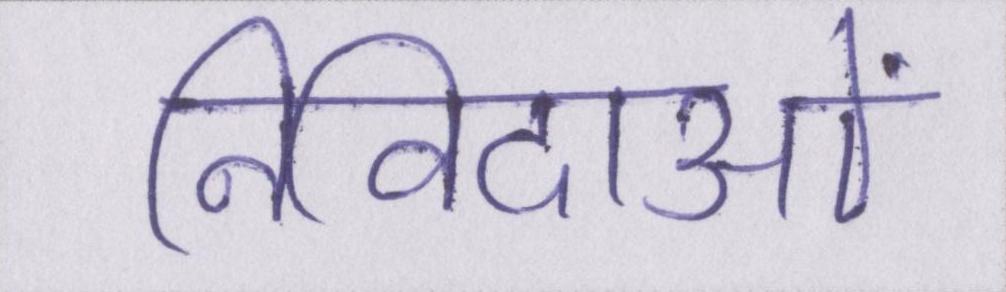
निविदाओं